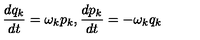
\frac { d q _ { k } } { d t } = \omega _ { k } p _ { k } , \frac { d p _ { k } } { d t } = - \omega _ { k } q _ { k }